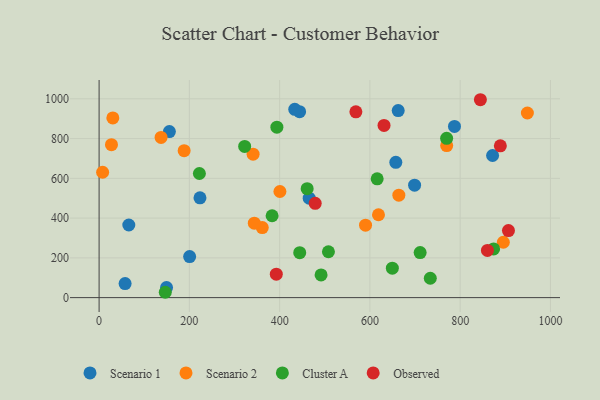
{"axis": {"x": "Engine Size", "y": "Rating"}, "legend": ["Cluster A", "Observed", "Scenario 1", "Scenario 2"], "data": [{"x": "223.5", "y": 502.1, "type": "Scenario 1"}, {"x": "444.2", "y": 935.3, "type": "Scenario 1"}, {"x": "200.6", "y": 206.3, "type": "Scenario 1"}, {"x": "149.4", "y": 50.7, "type": "Scenario 1"}, {"x": "57.6", "y": 70.6, "type": "Scenario 1"}, {"x": "871.8", "y": 714.9, "type": "Scenario 1"}, {"x": "787.4", "y": 860.9, "type": "Scenario 1"}, {"x": "433.5", "y": 947.1, "type": "Scenario 1"}, {"x": "657.4", "y": 680.4, "type": "Scenario 1"}, {"x": "699.0", "y": 565.7, "type": "Scenario 1"}, {"x": "65.8", "y": 365.4, "type": "Scenario 1"}, {"x": "465.5", "y": 500.3, "type": "Scenario 1"}, {"x": "155.7", "y": 835.3, "type": "Scenario 1"}, {"x": "662.7", "y": 940.7, "type": "Scenario 1"}, {"x": "7.8", "y": 630.6, "type": "Scenario 2"}, {"x": "664.1", "y": 515.2, "type": "Scenario 2"}, {"x": "361.5", "y": 352.2, "type": "Scenario 2"}, {"x": "341.2", "y": 721.5, "type": "Scenario 2"}, {"x": "895.6", "y": 278.6, "type": "Scenario 2"}, {"x": "400.6", "y": 533.8, "type": "Scenario 2"}, {"x": "343.9", "y": 374.6, "type": "Scenario 2"}, {"x": "619.0", "y": 416.8, "type": "Scenario 2"}, {"x": "137.3", "y": 805.9, "type": "Scenario 2"}, {"x": "590.3", "y": 364.3, "type": "Scenario 2"}, {"x": "30.4", "y": 903.7, "type": "Scenario 2"}, {"x": "27.4", "y": 769.3, "type": "Scenario 2"}, {"x": "770.1", "y": 765.0, "type": "Scenario 2"}, {"x": "188.4", "y": 739.3, "type": "Scenario 2"}, {"x": "948.9", "y": 928.6, "type": "Scenario 2"}, {"x": "711.3", "y": 226.5, "type": "Cluster A"}, {"x": "770.0", "y": 801.2, "type": "Cluster A"}, {"x": "616.1", "y": 597.6, "type": "Cluster A"}, {"x": "222.2", "y": 624.2, "type": "Cluster A"}, {"x": "461.0", "y": 548.1, "type": "Cluster A"}, {"x": "733.8", "y": 97.5, "type": "Cluster A"}, {"x": "491.8", "y": 114.4, "type": "Cluster A"}, {"x": "383.3", "y": 411.7, "type": "Cluster A"}, {"x": "649.7", "y": 148.0, "type": "Cluster A"}, {"x": "508.1", "y": 230.8, "type": "Cluster A"}, {"x": "444.5", "y": 226.2, "type": "Cluster A"}, {"x": "146.6", "y": 26.9, "type": "Cluster A"}, {"x": "393.9", "y": 857.2, "type": "Cluster A"}, {"x": "322.5", "y": 760.7, "type": "Cluster A"}, {"x": "874.1", "y": 244.7, "type": "Cluster A"}, {"x": "392.6", "y": 117.8, "type": "Observed"}, {"x": "860.4", "y": 237.4, "type": "Observed"}, {"x": "844.8", "y": 995.4, "type": "Observed"}, {"x": "907.0", "y": 337.3, "type": "Observed"}, {"x": "478.8", "y": 474.3, "type": "Observed"}, {"x": "568.9", "y": 934.5, "type": "Observed"}, {"x": "889.0", "y": 763.5, "type": "Observed"}, {"x": "631.3", "y": 865.9, "type": "Observed"}]}